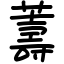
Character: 薵